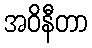
အဝိနီတာ